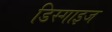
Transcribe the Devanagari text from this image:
डिस्गाइज